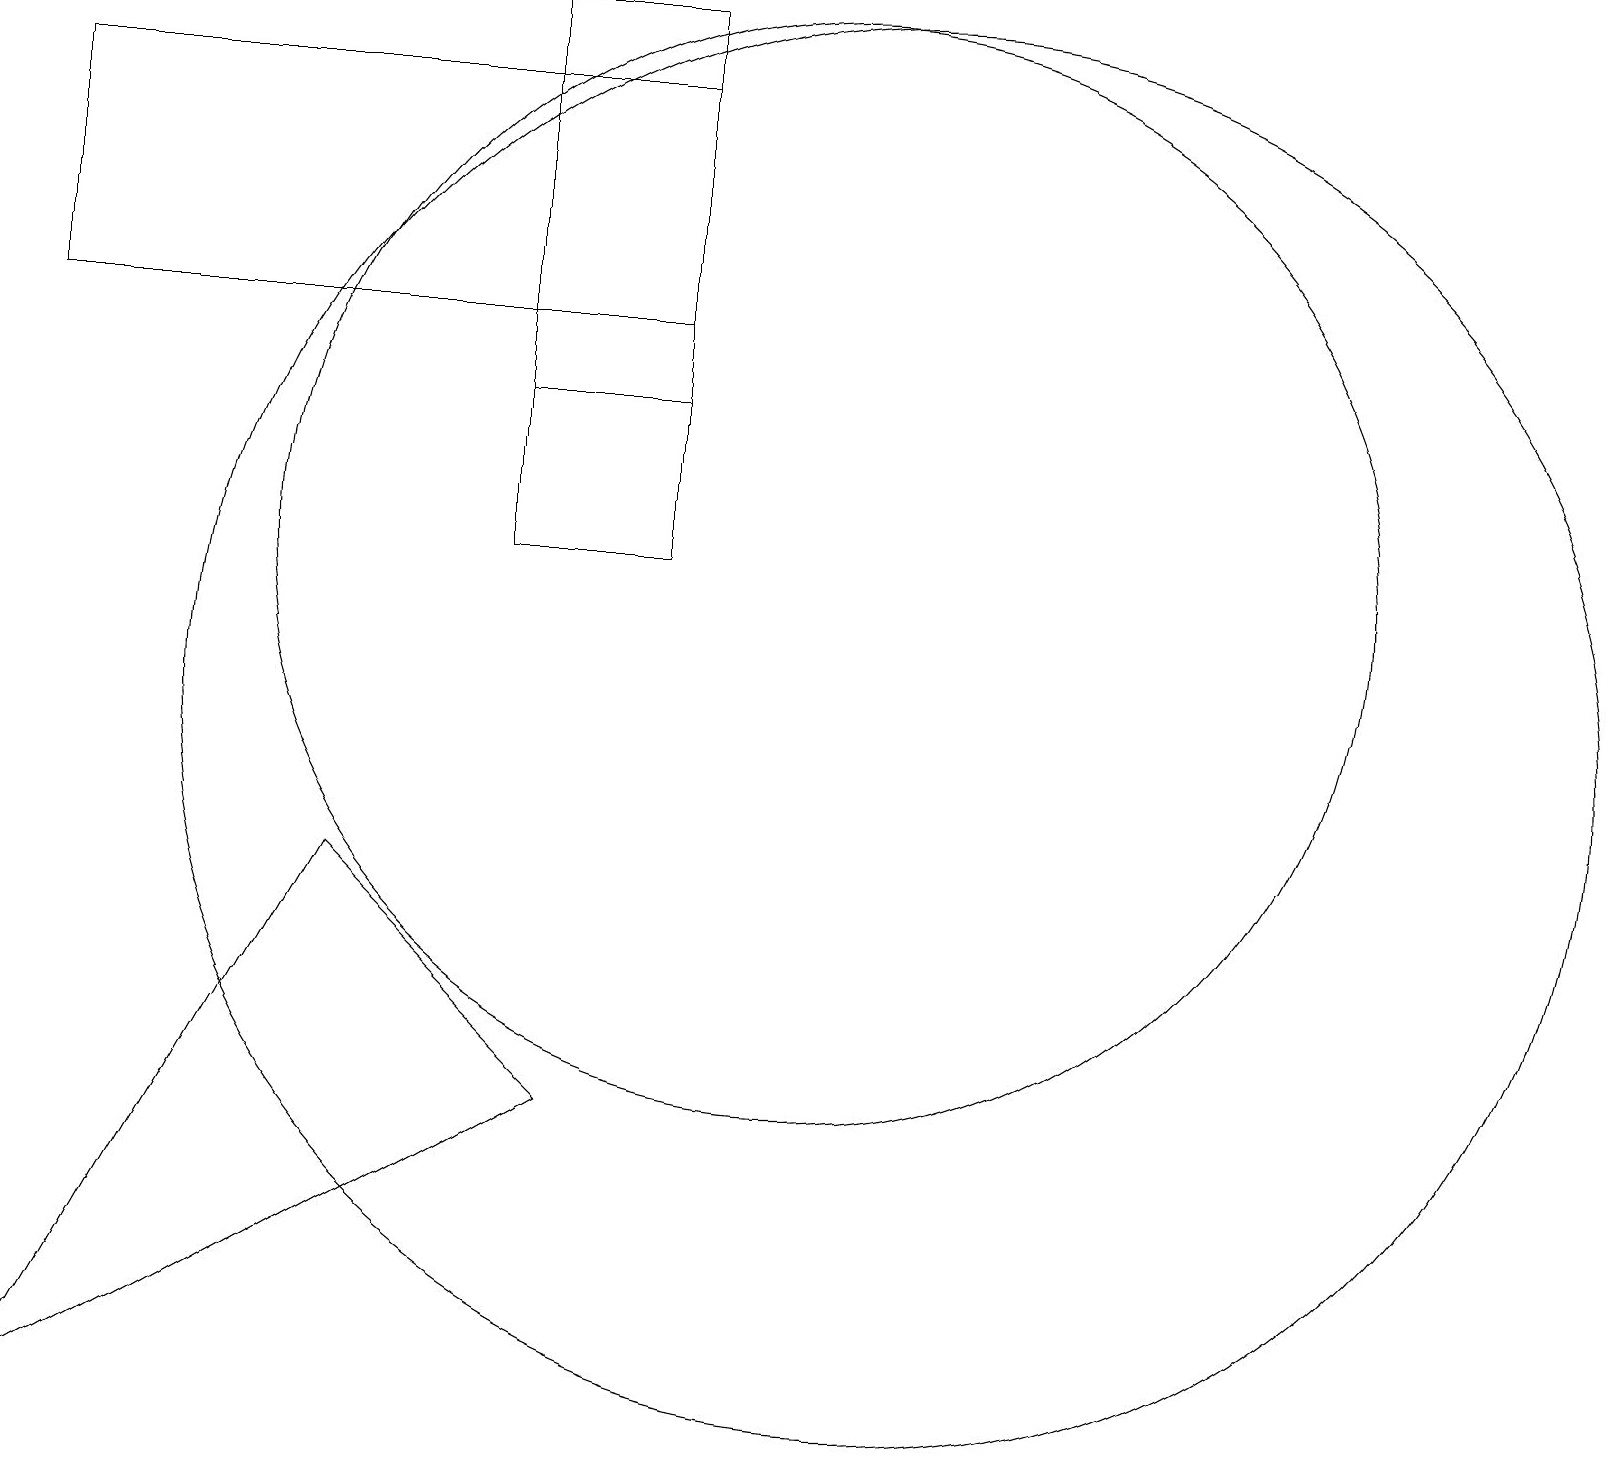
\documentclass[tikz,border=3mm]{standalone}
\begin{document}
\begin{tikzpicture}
\draw (8,12) rectangle (6,19);
\draw (0,15) rectangle (8,18);
\draw (10,12) circle (7);
\draw (11,10) circle (9);
\draw (8,12) rectangle (6,14);
\draw (0,1) -- (4,8) -- (7,5) -- cycle;
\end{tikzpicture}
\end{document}